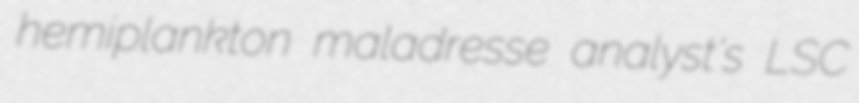
hemiplankton maladresse analyst's LSC